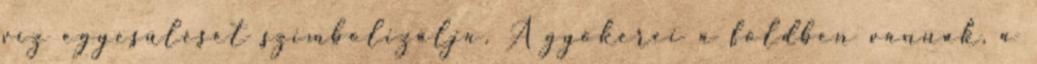
víz egyesülését szimbolizálja. A gyökerei a földben vannak, a